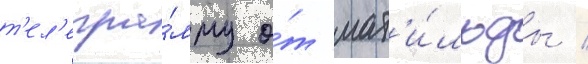
т'ел'егра́мму о́т мат'и́льды /